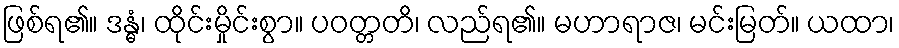
ဖြစ်ရ၏။ ဒန္ဓံ၊ ထိုင်းမှိုင်းစွာ။ ပဝတ္တတိ၊ လည်ရ၏။ မဟာရာဇ၊ မင်းမြတ်။ ယထာ၊